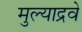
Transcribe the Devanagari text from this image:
मुल्याद्रवे